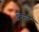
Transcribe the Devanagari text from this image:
फ़ेन्ट